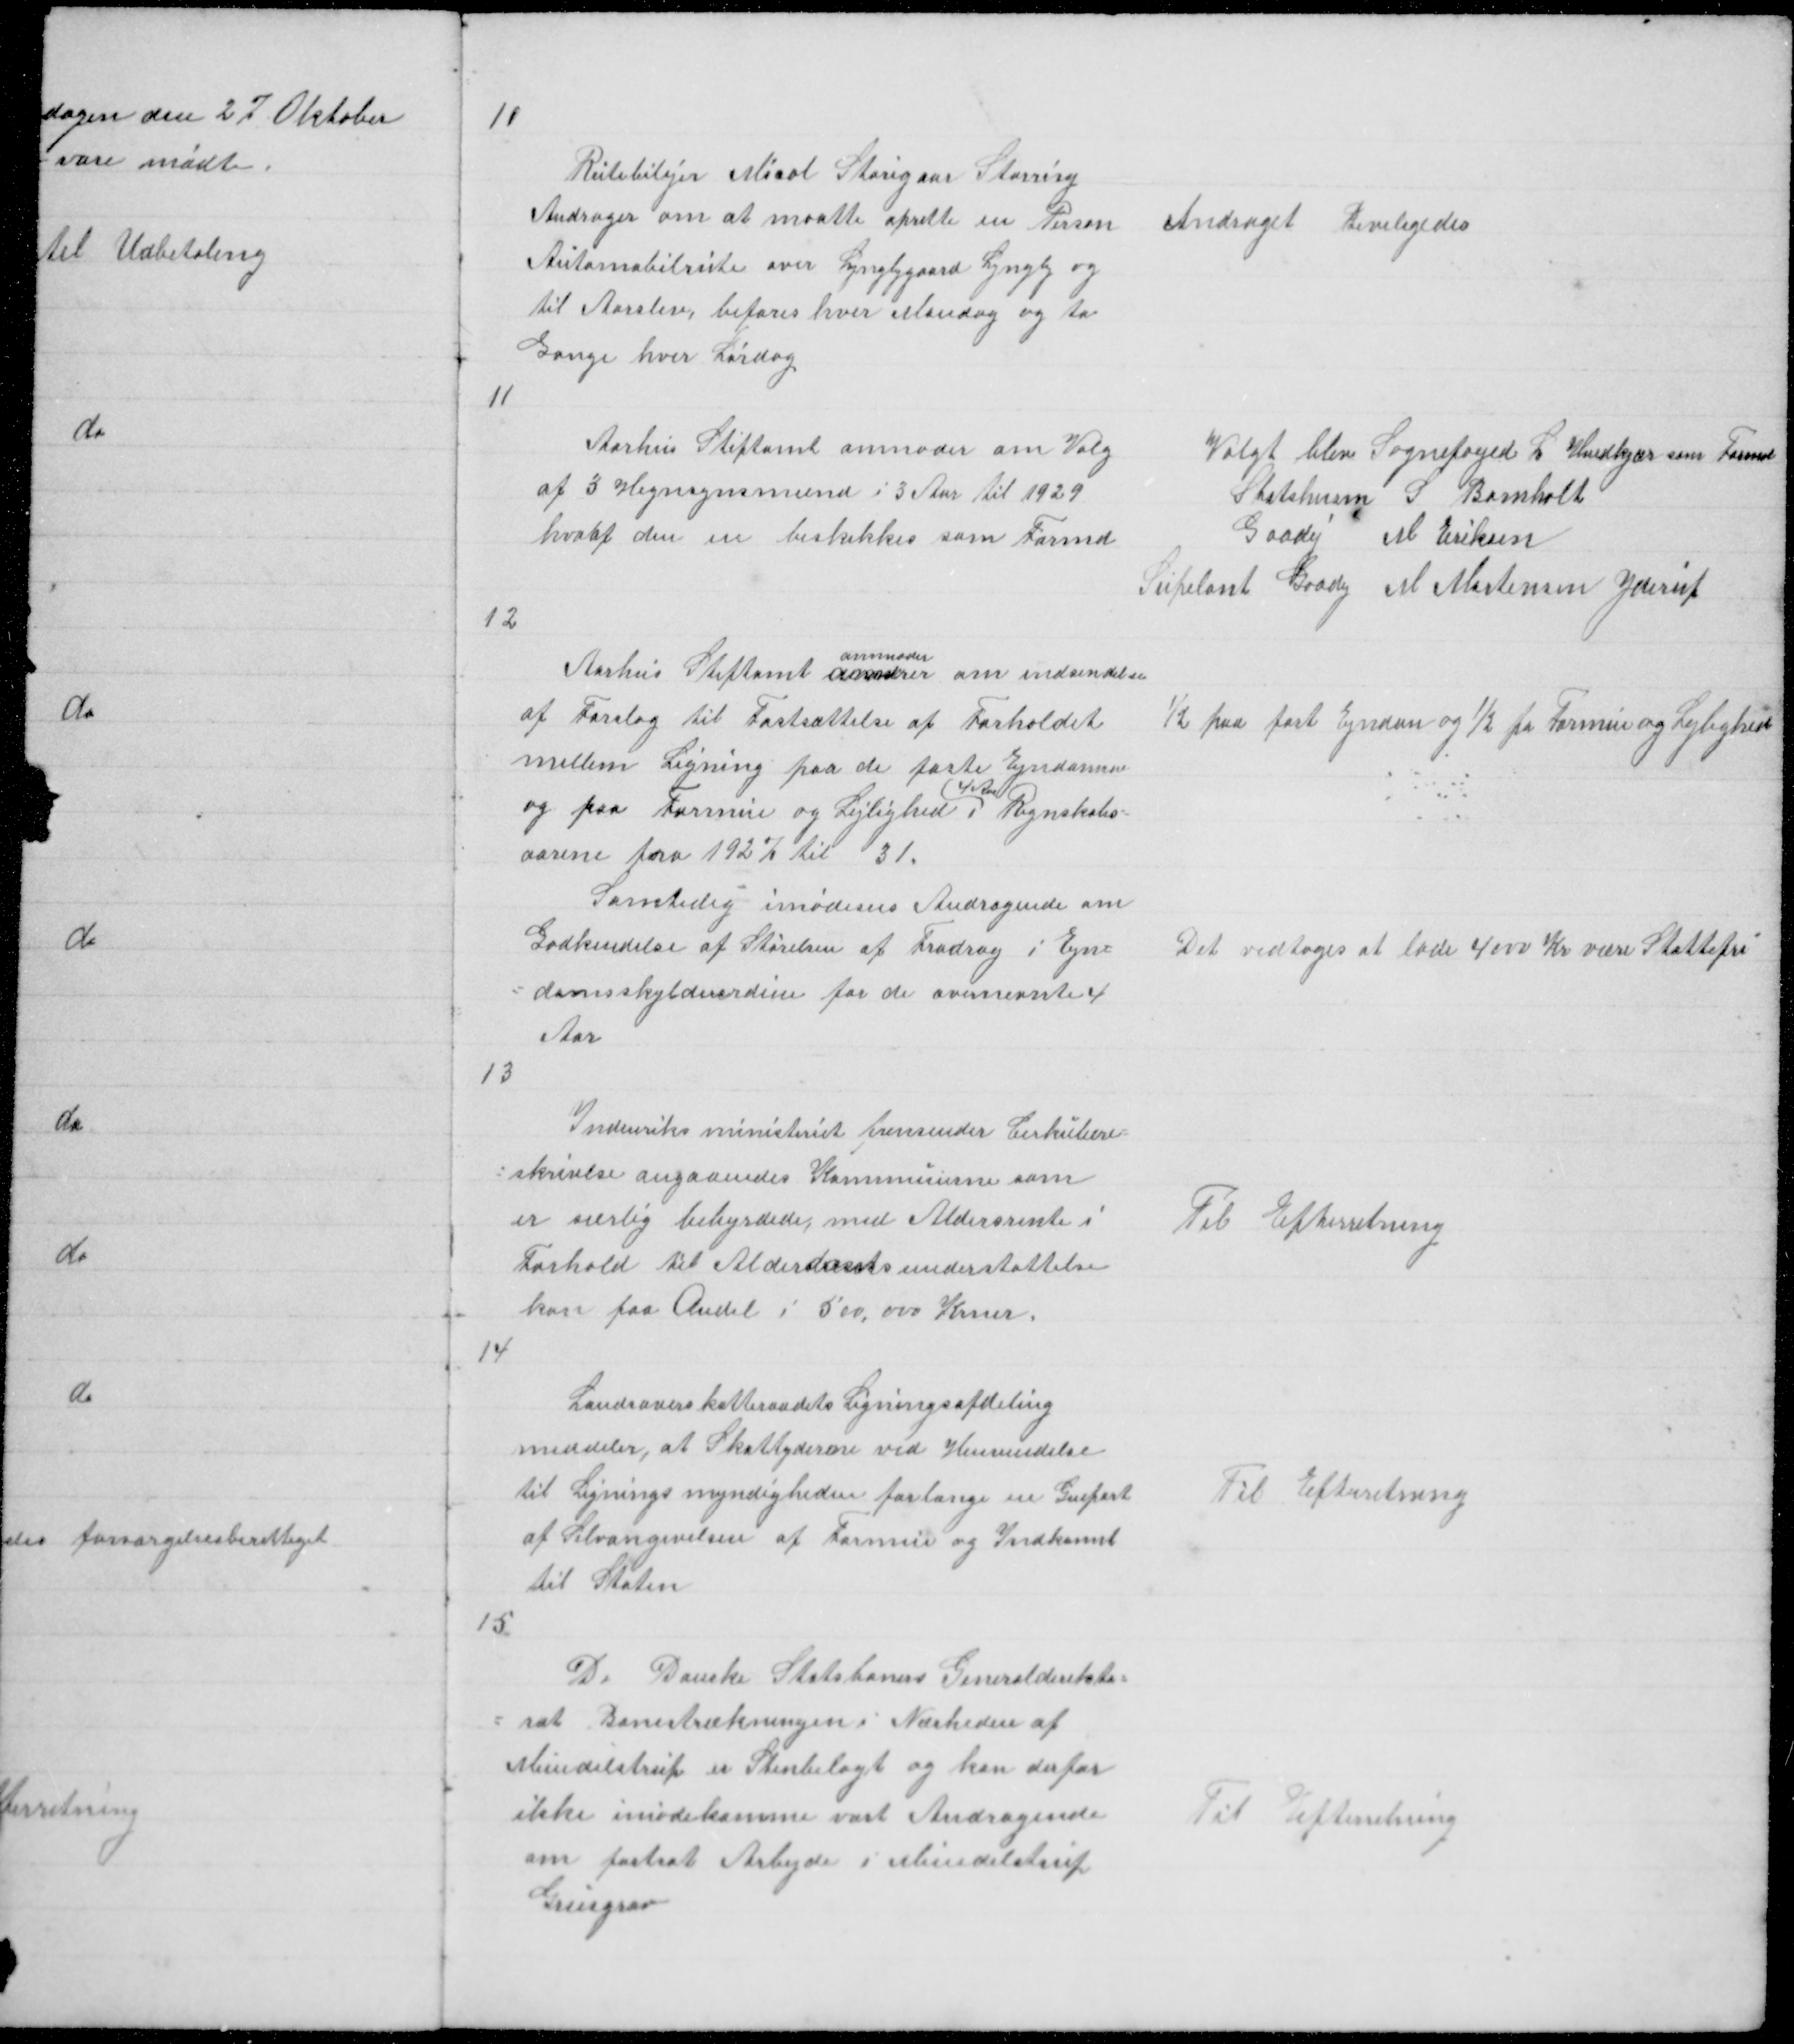
Transskription:
11

Rutebilejer Mical Storigaar Storring
Andrager om at maatte oprette en Person
Automobilrute over Lyngbygaard Lyngby og
til Aarslev, befares hver Mandag og to
Gange hver Lørdag

Andraget Beviligedes

11

Aarhus Stiftamt anmoder om Valg
af 3 Hegnsynsmænd i 3 Aar til 1929
hvoraf den en beskikkes som Formand

Valgt blev Sognefoged L Hvidkjær som Formand
Statshusm S Bomholt
Gaadej M Eriksen
Supleant Gaadej M Mortensen Yderup

12

anmoder
Aarhus Stiftamt om indsendelse
af Forslag til Fastsættelse af Forholdet
mellem Ligning paa de faste Ejndomme
(4 Aar)
og paa Formue og Lejlighed i Regnskabs =
= aarene fra 1927 til 31
Samtidig imødesens Andragende om
Godkendelse af Størelsen af Fradrag i Ejn =
= domsskyldsværdien for de ovennevnte 4
Aar

½ paa fast Ejndom og ½ paa Formue og Lejlighed

Det vedtoges at lade 4000 Kr være Skattefri

13

Indenriksministeriet fremsender Cirkulære =
= skrivelse angaaende Kommunerne som
er særlig bebyrdede med Aldersrente i
Forhold til Alderdomsunderstøttelse
kan faa Andel i 500,000 Krner

Til Efterretning

14

Landsoverskatteraadets Ligningsafdeling
meddeler, at Skatteydere ved Henvendelse
til Ligningsmyndigheden forlange en Genpart
af Selvangivelse af Formue og Indkomst
til Staten

Til Efterretning

15

De Danske Statsbaners Generaldirekto =
= rat Banestrækningen i Nærheden af
Mundelstrup er Stenbelagt og kan derfor
ikke imødekomme vort Andragende
om fastsat Arbejde i Mundelstrup
Grusgrav

Til Efterretning